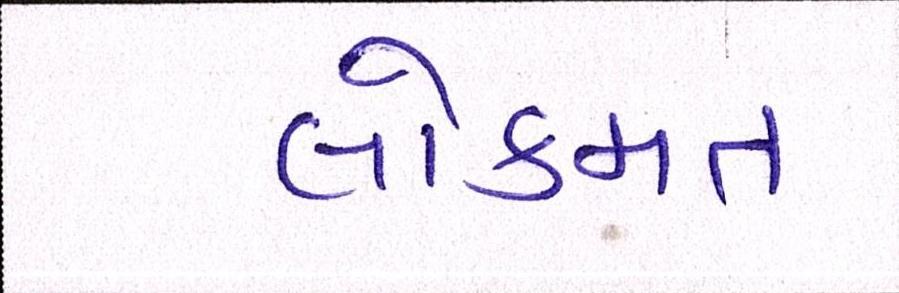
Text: લોકમત